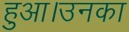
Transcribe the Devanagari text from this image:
हुआ।उनका